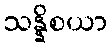
သန္နိစယာ